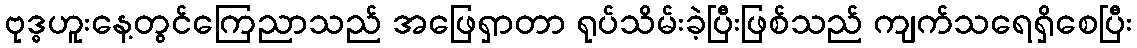
ဗုဒ္ဓဟူးနေ့တွင်ကြေညာသည် အဖြေရှာတာ ရုပ်သိမ်းခဲ့ပြီးဖြစ်သည် ကျက်သရေရှိစေပြီး